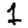
Digit: 1